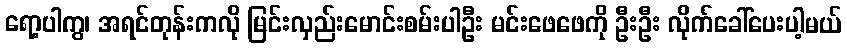
ရော့ပါကွ၊ အရင်တုန်းကလို မြင်းလှည်းမောင်းစမ်းပါဦး မင်းဖေဖေကို ဦးဦး လိုက်ခေါ်ပေးပါ့မယ်